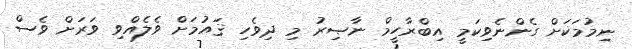
ނިމުމަކަށް ގެންނެވިކަމީ އިބްރާހީމް ނާޞިރު މި ދިވެހި ޤައުމަށް ވެލެއްވި ވަރަށް ވެސް